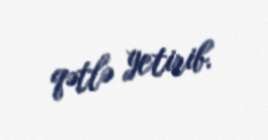
qətlə yetirib.